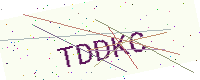
Text: TDDKC